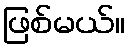
ဖြစ်မယ်။